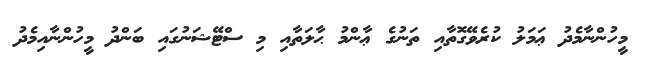
މީހުންނާމެދު ޢަމަލު ކުރެވޭގޮތާއި ތަނުގެ ޢާންމު ޙާލަތާއި މި ސްޓޭޝަނުގައި ބަންދު މީހުންނާއިމެދު